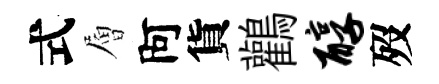
式層阿貨鸛醇歿